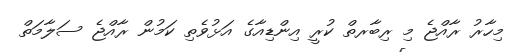
މިހާރު ރާއްޖެ މި ރިބާރތް ކުރީ އިންޑިއާގެ އަޅުވެތި ކަމުން ރާއްޖެ ސަލާމަތް